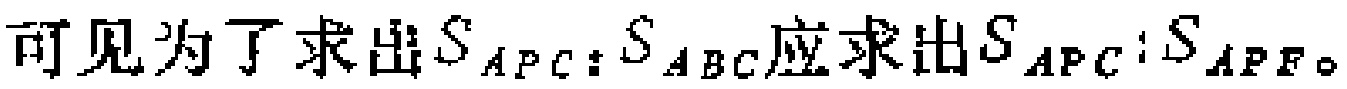
可见为了求出\(S_{APC}:S_{ABC}\)应求出\(S_{APC}:S_{APF}\)。